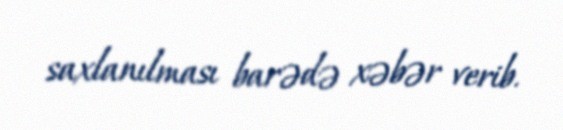
saxlanılması barədə xəbər verib.